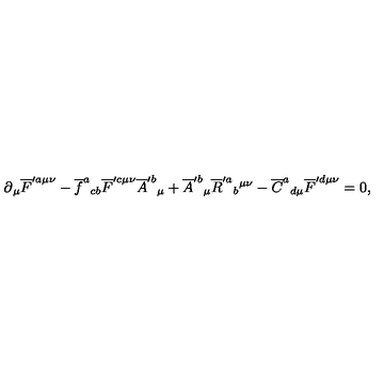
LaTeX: \partial { } _ { \mu } \overline { { F } } ^ { \prime a \mu \nu } - \overline { { f } } ^ { a } { } _ { c b } \overline { { F } } ^ { \prime c \mu \nu } \overline { { A } } ^ { \prime b } { } _ { \mu } { } + \overline { { A } } ^ { \prime b } { } _ { \mu } \overline { { R } } ^ { \prime a } { } _ { b } { } ^ { \mu \nu } - \overline { { C } } ^ { a } { } _ { d \mu } \overline { { F } } ^ { \prime d \mu \nu } = 0 ,